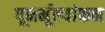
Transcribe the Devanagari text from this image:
पूनर्मूल्यांकन